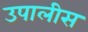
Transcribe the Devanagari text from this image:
उपालीस